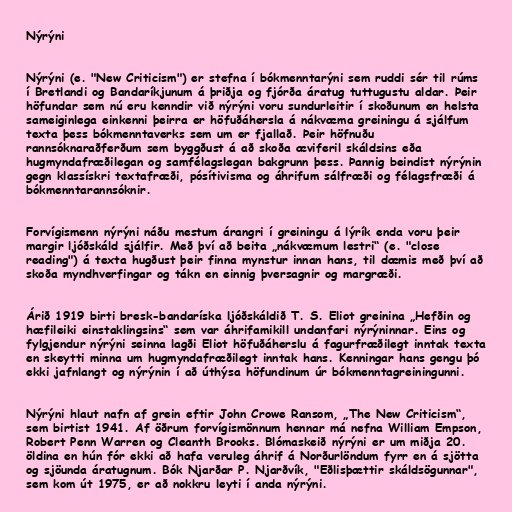
Nýrýni

Nýrýni (e. "New Criticism") er stefna í bókmenntarýni sem ruddi sér til rúms
í Bretlandi og Bandaríkjunum á þriðja og fjórða áratug tuttugustu aldar. Þeir
höfundar sem nú eru kenndir við nýrýni voru sundurleitir í skoðunum en helsta
sameiginlega einkenni þeirra er höfuðáhersla á nákvæma greiningu á sjálfum
texta þess bókmenntaverks sem um er fjallað. Þeir höfnuðu
rannsóknaraðferðum sem byggðust á að skoða æviferil skáldsins eða
hugmyndafræðilegan og samfélagslegan bakgrunn þess. Þannig beindist nýrýnin
gegn klassískri textafræði, pósítivisma og áhrifum sálfræði og félagsfræði á
bókmenntarannsóknir.

Forvígismenn nýrýni náðu mestum árangri í greiningu á lýrík enda voru þeir
margir ljóðskáld sjálfir. Með því að beita „nákvæmum lestri“ (e. "close
reading") á texta hugðust þeir finna mynstur innan hans, til dæmis með því að
skoða myndhverfingar og tákn en einnig þversagnir og margræði.

Árið 1919 birti bresk-bandaríska ljóðskáldið T. S. Eliot greinina „Hefðin og
hæfileiki einstaklingsins“ sem var áhrifamikill undanfari nýrýninnar. Eins og
fylgjendur nýrýni seinna lagði Eliot höfuðáherslu á fagurfræðilegt inntak texta
en skeytti minna um hugmyndafræðilegt inntak hans. Kenningar hans gengu þó
ekki jafnlangt og nýrýnin í að úthýsa höfundinum úr bókmenntagreiningunni.

Nýrýni hlaut nafn af grein eftir John Crowe Ransom, „The New Criticism“,
sem birtist 1941. Af öðrum forvígismönnum hennar má nefna William Empson,
Robert Penn Warren og Cleanth Brooks. Blómaskeið nýrýni er um miðja 20.
öldina en hún fór ekki að hafa veruleg áhrif á Norðurlöndum fyrr en á sjötta
og sjöunda áratugnum. Bók Njarðar P. Njarðvík, "Eðlisþættir skáldsögunnar",
sem kom út 1975, er að nokkru leyti í anda nýrýni.